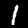
Label: 1